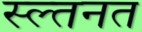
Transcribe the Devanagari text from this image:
स्ल्तनत